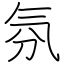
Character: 氛